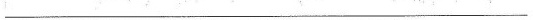
___